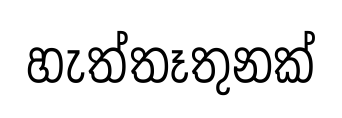
හැත්තෑතුනක්